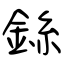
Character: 銯